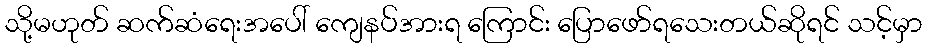
သို့မဟုတ် ဆက်ဆံရေးအပေါ် ကျေနပ်အားရ ကြောင်း ပြောဖော်ရသေးတယ်ဆိုရင် သင့်မှာ